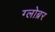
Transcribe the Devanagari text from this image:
ग्लोब्रर